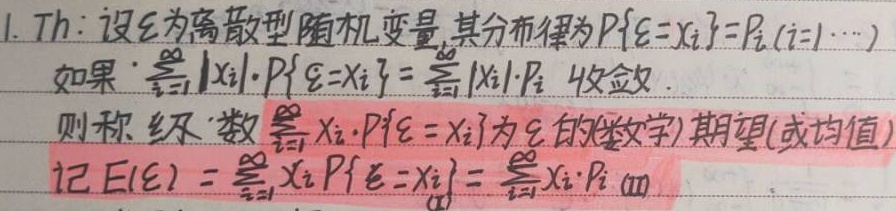
1. Th：设\(\xi\)为离散型随机变量，其分布律为\(P\{\xi = x_{i}\}=p_{i}(i = 1,\cdots)\)。
如果\(\sum_{i = 1}^{\infty}|x_{i}|\cdot P\{\xi = x_{i}\}=\sum_{i = 1}^{\infty}|x_{i}|\cdot p_{i}\)收敛。
则称级数\(\sum_{i = 1}^{\infty}x_{i}\cdot P\{\xi = x_{i}\}\)为\(\xi\)的（数学）期望（或均值）。
记\(E(\xi)=\sum_{i = 1}^{\infty}x_{i}P\{\xi = x_{i}\}=\sum_{i = 1}^{\infty}x_{i}\cdot p_{i}\) \textcircled{1}
\[
\begin{align*}
&无具体公式需在此处呈现\\
\end{align*}
\]